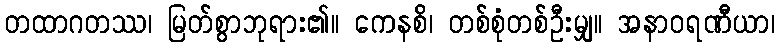
တထာဂတဿ၊ မြတ်စွာဘုရား၏။ ကေနစိ၊ တစ်စုံတစ်ဦးမျှ။ အနာဝရဏီယာ၊